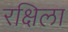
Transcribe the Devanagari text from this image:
रक्षिला